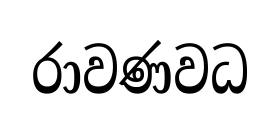
රාවණවධ